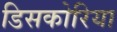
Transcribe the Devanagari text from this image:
डिसकोरिया